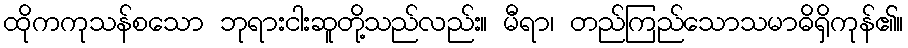
ထိုကကုသန်စသော ဘုရားငါးဆူတို့သည်လည်း။ မီရာ၊ တည်ကြည်သောသမာဓိရှိကုန်၏။